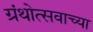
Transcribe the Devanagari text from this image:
ग्रंथोत्सवाच्या